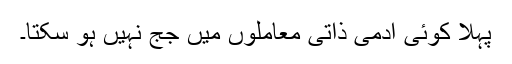
پہلا کوئی آدمی ذاتی معاملوں میں جج نہیں ہو سکتا۔